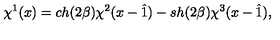
\chi ^ { 1 } ( x ) = c h ( 2 \beta ) \chi ^ { 2 } ( x - \hat { 1 } ) - s h ( 2 \beta ) \chi ^ { 3 } ( x - \hat { 1 } ) ,